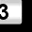
Digit: 3